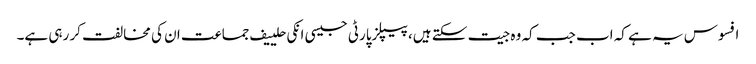
افسوس یہ ہے کہ اب جب کہ وہ جیت سکتے ہیں، پیپلزپارٹی جیسی انکی حلییف جماعت ان کی مخالفت کر رہی ہے۔